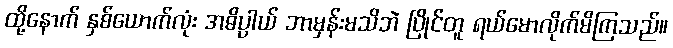
ထို့နောက် နှစ်ယောက်လုံး အဓိပ္ပါယ် ဘာမှန်းမသိဘဲ ပြိုင်တူ ရယ်မောလိုက်မိကြသည်။